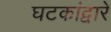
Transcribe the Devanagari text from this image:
घटकांद्वारे